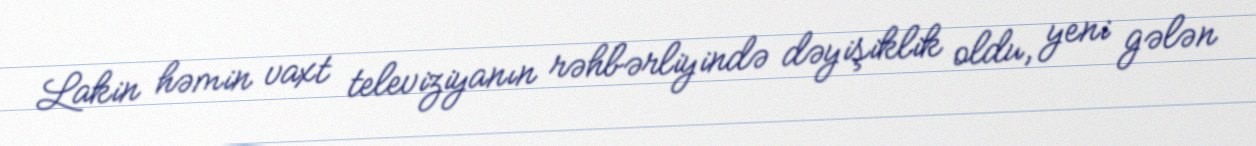
Lakin həmin vaxt televiziyanın rəhbərliyində dəyişiklik oldu, yeni gələn